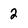
Character: 2